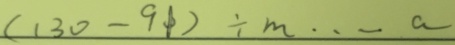
( 1 3 0 - 9 1 ) \div m \cdots a